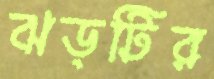
ঝড়টির